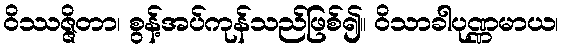
ဝိဿဇ္ဇိတာ၊ စွန့်အပ်ကုန်သည်ဖြစ်၍။ ဝိသာခါပုဏ္ဏမာယ၊